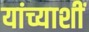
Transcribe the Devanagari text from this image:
यांच्याशीं